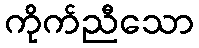
ကိုက်ညီသော